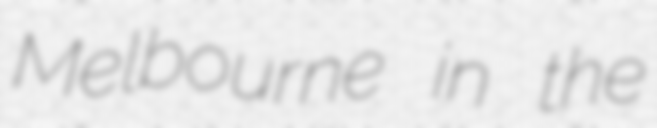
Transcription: Melbourne in the